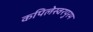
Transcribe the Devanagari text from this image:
कपिलेस्वरपुरम